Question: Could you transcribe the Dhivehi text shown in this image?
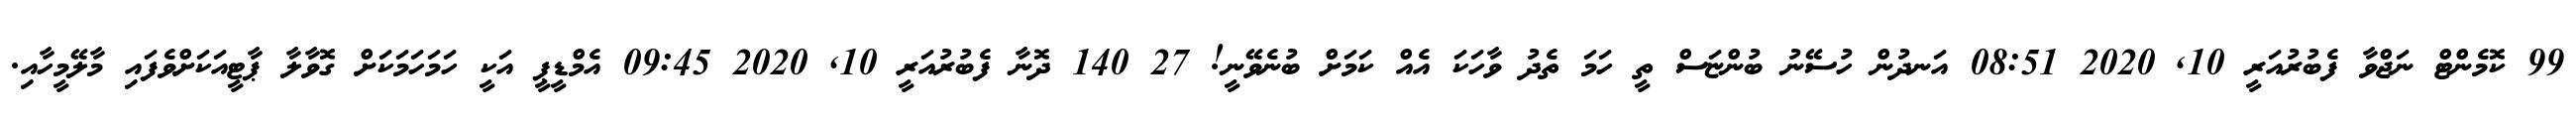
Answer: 99 ކޮމެންޓް ނަޖްވާ ފެބުރުއަރީ 10, 2020 08:51 އަނދުން ހުސޭނު ބުންޏަސް ތީ ހަމަ ތެދު ވާހަކަ އެއް ކަމަށް ބުނެވޭނީ! 27 140 ދޮނާ ފެބުރުއަރީ 10, 2020 09:45 އެމްޑީޕީ އަކީ ހަމަހަމަކަށް ގޮވާލާ ޕާޓީއަކަށްވެފައި މާލޭމީހާއި.